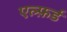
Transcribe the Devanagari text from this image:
एल्फ़र्ड